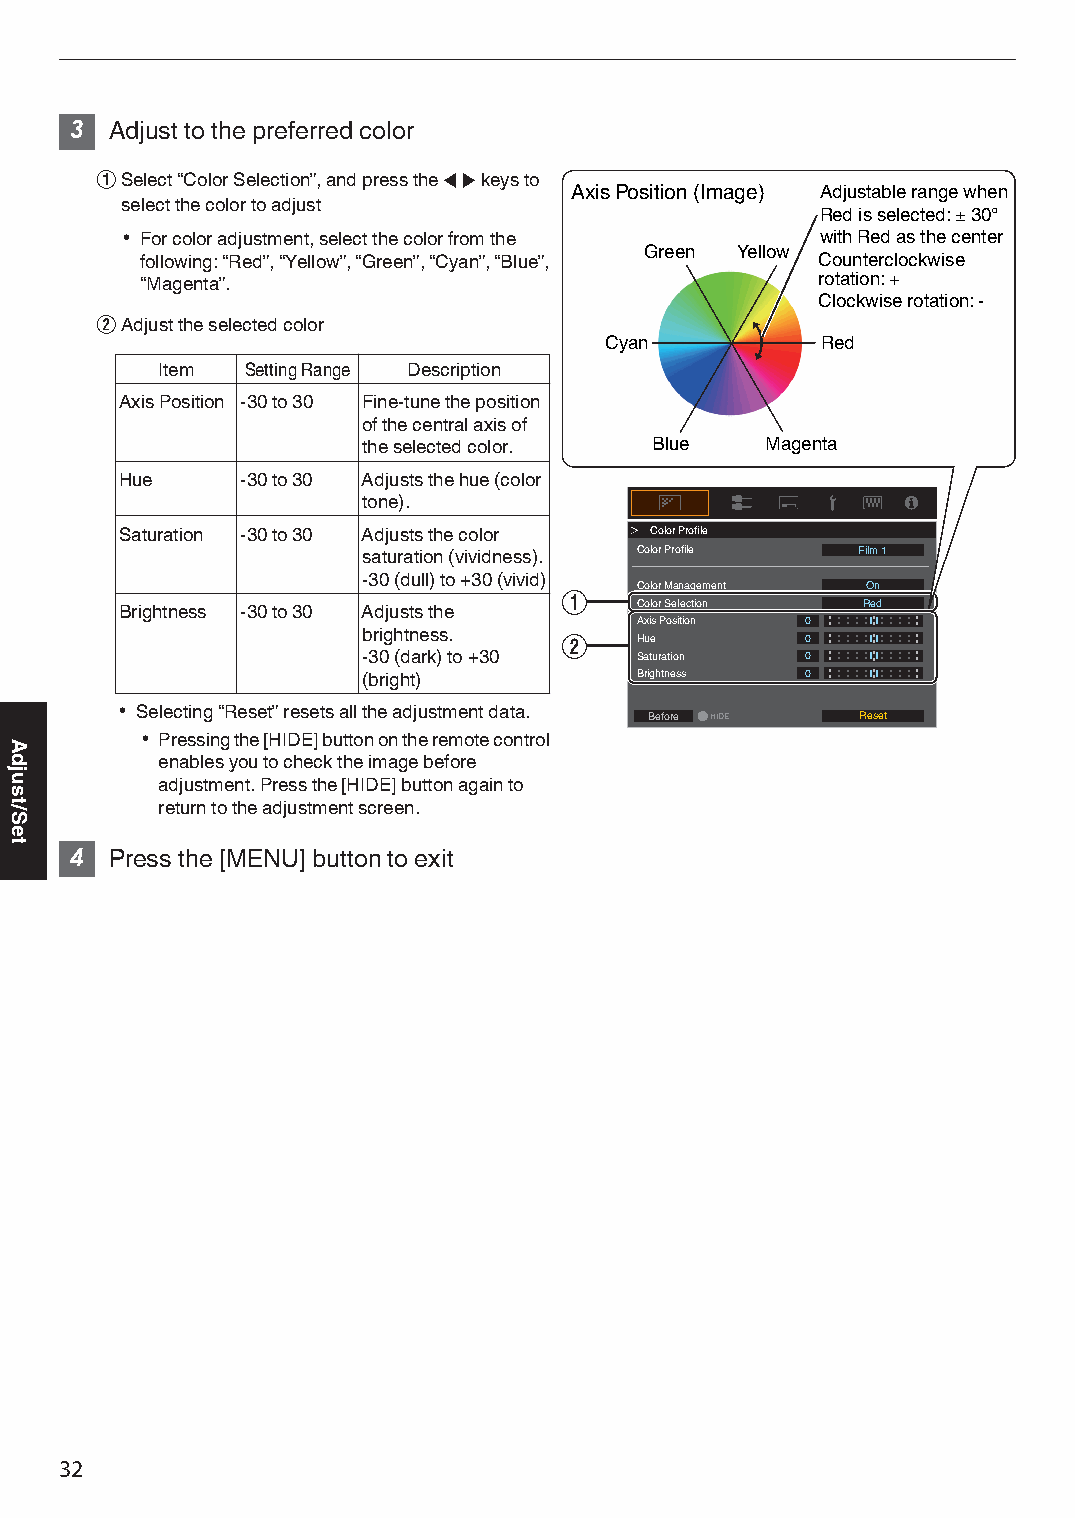
3 Adjust to the preferred color
 ASelect “Color Selection”, and press the H I keys to
 Axis Position (Image) Adjustable range when
 select the color to adjust
 Red is selected: ± 30°
 0 For color adjustment, select the color from the with Red as the center
 Green Yellow
 following: “Red”, “Yellow”, “Green”, “Cyan”, “Blue”, Counterclockwise
 “Magenta”.                                   rotation: +
 Clockwise rotation: -
 BAdjust the selected color
 Cyan          Red
 Item  Setting Range Description
 Axis Position -30 to 30 Fine-tune the position
 of the central axis of
 the selected color. Blue   Magenta
 Hue     -30 to 30 Adjusts the hue (color
 tone).
 Saturation -30 to 30 Adjusts the color Color Profile
 saturation (vividness). Color Profile Film 1
 -30 (dull) to +30 (vivid)
 A    Color Management On
 Brightness -30 to 30 Adjusts the  Color Selection Red
 Axis Position 0
 brightness.  B    Hue        0
 -30 (dark) to +30 Saturation 0
 (bright)          Brightness 0
 0 Selecting “Reset” resets all the adjustment data.
 Before HIDE   Reset
 0 Pressing the [HIDE] button on the remote control
 enables you to check the image before
 adjustment. Press the [HIDE] button again to
 return to the adjustment screen.
 4 Press the [MENU] button to exit
 32
 Adjust/Set